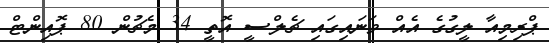
ޕްރިމިއާ ލީގުގެ އެއް ވަނައިގައި ޗެލްސީ އޮތީ 34 މެޗުން 80 ޕޮއިންޓް